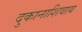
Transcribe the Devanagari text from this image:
दुकानाशिवाय